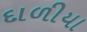
દાળીયા